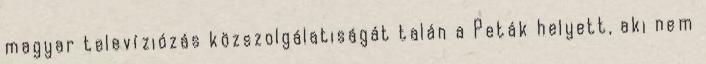
magyar televíziózás közszolgálatiságát talán a Peták helyett, aki nem